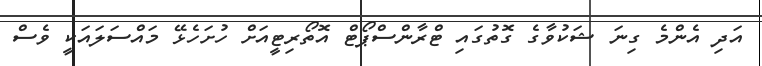
އަދި އެންމެ ގިނަ ޝަކުވާގެ ގޮތުގައި ޓްރާންސްޕޯޓް އޮތޯރިޓީއަށް ހުށަހެޅޭ މައްސަލައަކީ ވެސް